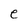
Character: e